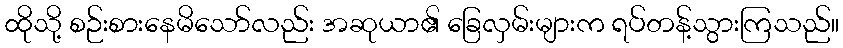
ထိုသို့ စဉ်းစားနေမိသော်လည်း အဆုယာ၏ ခြေလှမ်းများက ရပ်တန့်သွားကြသည်။